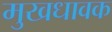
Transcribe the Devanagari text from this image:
मुखधावक